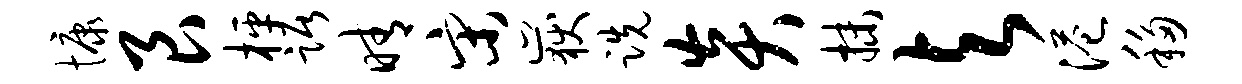
慷艮枰踞晴宋岳跣炎抹与港移